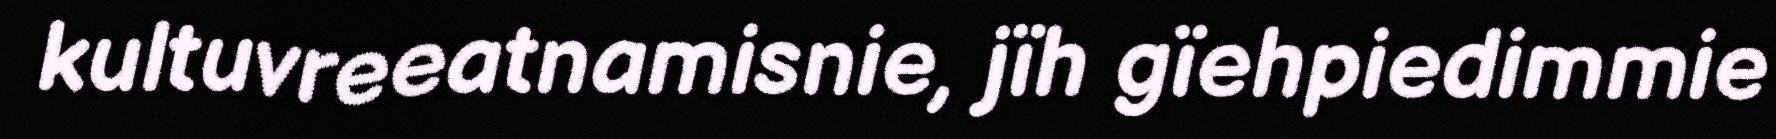
kultuvreeatnamisnie, jïh gïehpiedimmie